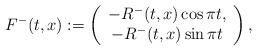
LaTeX: \begin{align*}F^-(t, x) : = \left( \begin{array}{c}-R^-(t,x)\cos \pi t,\\-R^-(t,x)\sin \pi t\end{array}\right),\end{align*}